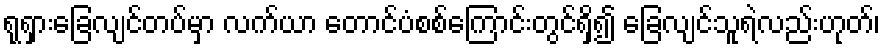
ရုရှားခြေလျင်တပ်မှာ လက်ယာ တောင်ပံစစ်ကြောင်းတွင်ရှိ၍ ခြေလျင်သူရဲလည်းဟုတ်၊